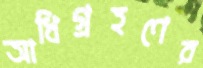
আধিগ্রহণের